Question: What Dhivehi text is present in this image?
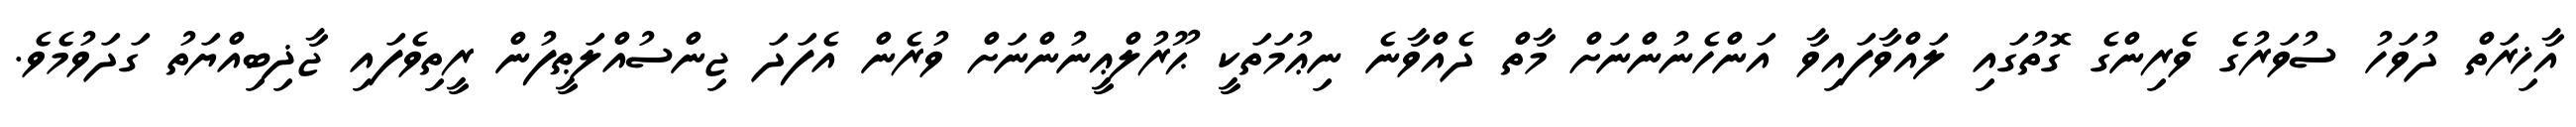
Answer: އާޚިރަތް ދުވަހު ސުވަރުގެ ވެރިންގެ ގޮތުގައި ލައްވާފައިވާ އަންހެނުންނަށް މާތް ދެއްވާނެ ނިޢުމަތަކީ ޙޫރުލްޢީނުންނަށް ވުރެން އެފަދަ ޖިންސުއްލަޠީފުން ރީތިވެފައި ޖާޛިބިއްޔަތު ގަދަވުމެވެ.